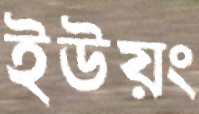
ইউয়ং